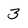
Character: 3